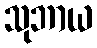
သုဘာယ